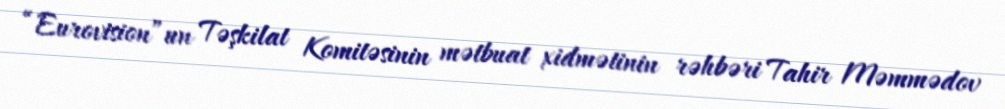
“Eurovision”un Təşkilat Komitəsinin mətbuat xidmətinin rəhbəri Tahir Məmmədov